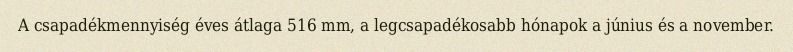
A csapadékmennyiség éves átlaga 516 mm, a legcsapadékosabb hónapok a június és a november.